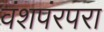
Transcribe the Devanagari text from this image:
वंशपंरपरा